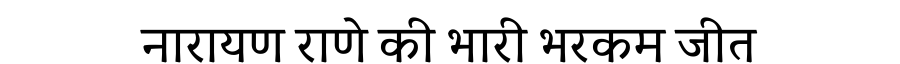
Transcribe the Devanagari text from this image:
नारायण राणे की भारी भरकम जीत